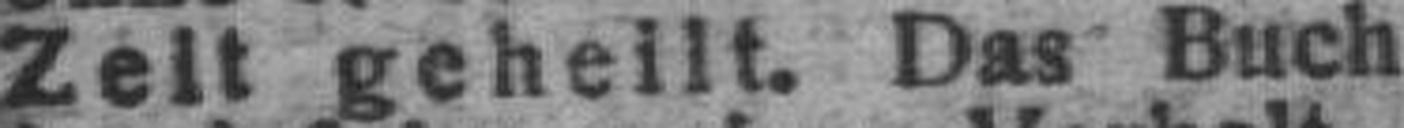
Zelt geheilt. Das Buch